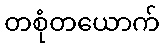
တစုံတယောက်